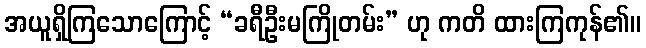
အယူရှိကြသောကြောင့် “ခရီဦးမကြိုတမ်း” ဟု ကတိ ထားကြကုန်၏။